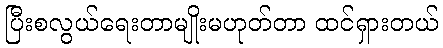
ပြီးစလွယ်ရေးတာမျိုးမဟုတ်တာ ထင်ရှားတယ်